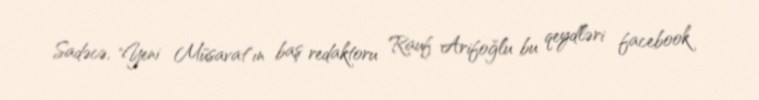
Sadəcə, "Yeni Müsavat"ın baş redaktoru Rauf Arifoğlu bu qeydləri facebook